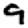
Digit: 9